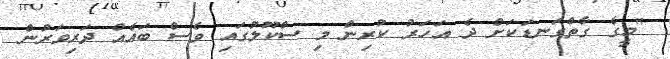
"މީގެ ގާތްގަނޑަކަށް ދެ އަހަރު ކުރިން މި ސްކޫލުގައި ވެސް ބައެއް ދަރިވަރުން